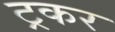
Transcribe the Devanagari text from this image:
ट्रकर